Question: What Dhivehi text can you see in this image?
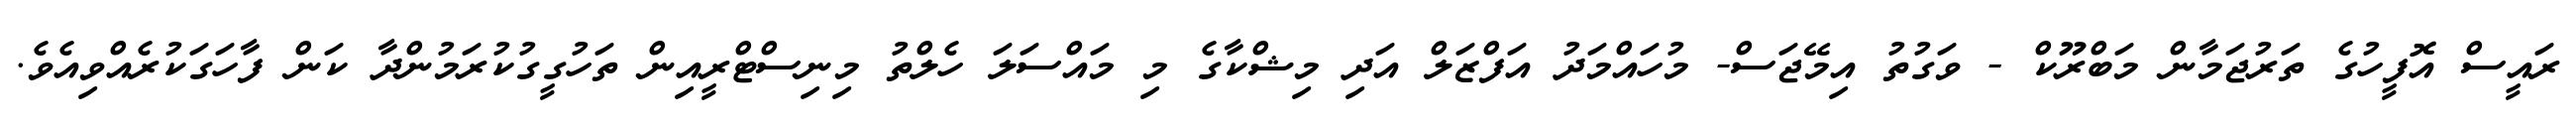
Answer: ރައީސް އޮފީހުގެ ތަރުޖަމާން މަބްރޫކް - ވަގުތު އިމޭޖަސް- މުހައްމަދު އަފްޒަލް އަދި މިޝްކާގެ މި މައްސަލަ ހެލްތު މިނިސްޓްރީއިން ތަހުގީގުކުރަމުންދާ ކަން ފާހަގަކުރެއްވިއެވެ.